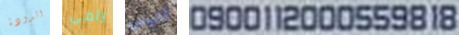
الدودة رامي أليس 0900112000559818